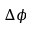
\Delta \phi